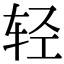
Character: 轻